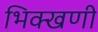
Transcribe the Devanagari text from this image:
भिक्खणी